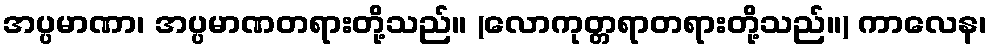
အပ္ပမာဏာ၊ အပ္ပမာဏတရားတို့သည်။ (လောကုတ္တရာတရားတို့သည်။) ကာလေန၊